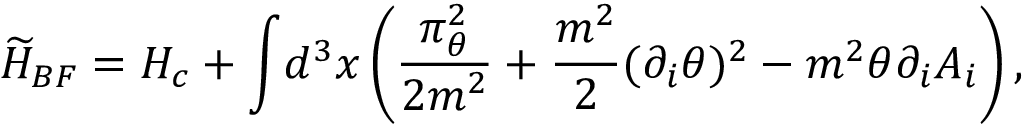
{ \widetilde H _ { B F } } = H _ { c } + { \displaystyle \int } d ^ { 3 } x \left( \frac { \displaystyle \pi _ { \theta } ^ { 2 } } { \displaystyle 2 m ^ { 2 } } + \frac { m ^ { 2 } } { 2 } ( \partial _ { i } \theta ) ^ { 2 } - m ^ { 2 } \theta \partial _ { i } A _ { i } \right) ,